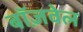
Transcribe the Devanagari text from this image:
बॉज़वेल